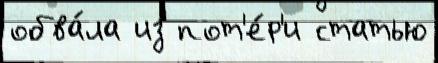
обва́ла из пот'е́р'и статью